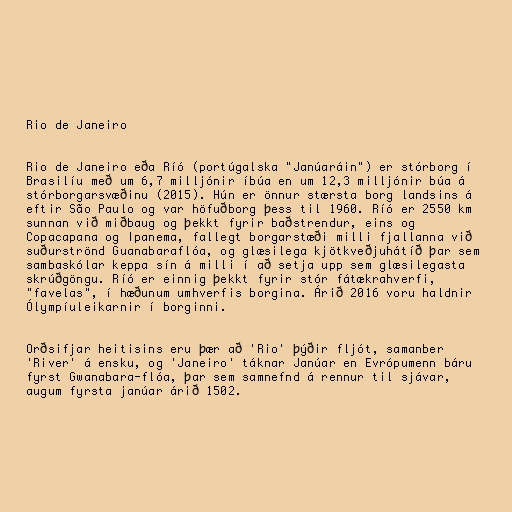
Rio de Janeiro

Rio de Janeiro eða Ríó (portúgalska "Janúaráin") er stórborg í
Brasilíu með um 6,7 milljónir íbúa en um 12,3 milljónir búa á
stórborgarsvæðinu (2015). Hún er önnur stærsta borg landsins á
eftir São Paulo og var höfuðborg þess til 1960. Ríó er 2550 km
sunnan við miðbaug og þekkt fyrir baðstrendur, eins og
Copacapana og Ipanema, fallegt borgarstæði milli fjallanna við
suðurströnd Guanabaraflóa, og glæsilega kjötkveðjuhátíð þar sem
sambaskólar keppa sín á milli í að setja upp sem glæsilegasta
skrúðgöngu. Ríó er einnig þekkt fyrir stór fátækrahverfi,
"favelas", í hæðunum umhverfis borgina. Árið 2016 voru haldnir
Ólympíuleikarnir í borginni.

Orðsifjar heitisins eru þær að 'Rio' þýðir fljót, samanber
'River' á ensku, og 'Janeiro' táknar Janúar en Evrópumenn báru
fyrst Gwanabara-flóa, þar sem samnefnd á rennur til sjávar,
augum fyrsta janúar árið 1502.